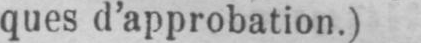
ques d’approbation.)